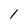
Character: l